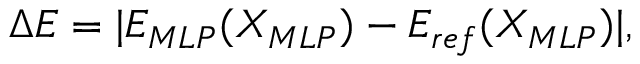
\Delta E = | E _ { M L P } ( X _ { M L P } ) - E _ { r e f } ( X _ { M L P } ) | ,